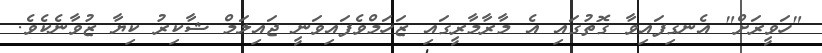
"ހަވީރަށް" އެނގިފައިވާ ގޮތުގައި އެ މާރާމާރީގައި ޒަހަމްވެފައިވަނީ ޖައިލަމް ޝާކިރު ކިޔާ ޒުވާނެކެވެ.